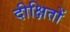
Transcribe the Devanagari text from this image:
दीक्षितों